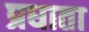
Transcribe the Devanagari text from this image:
प्रघाता